Report of the Imperial Institute of Veterinary Research, Muktesar
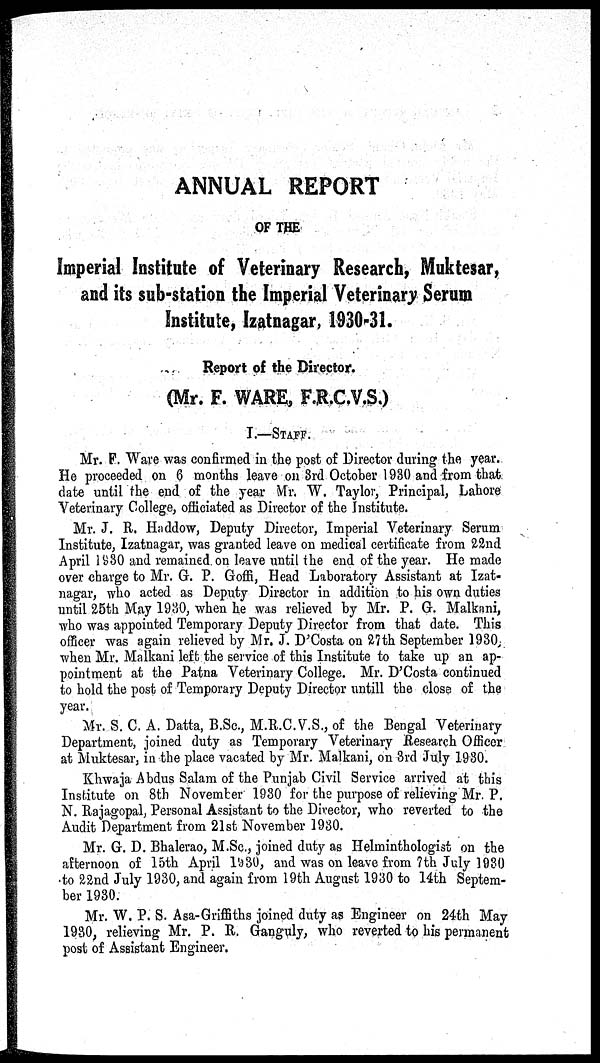
ANNUAL REPORT
OF THE
Imperial Institute of Veterinary Research, Muktesar,
and its sub-station the Imperial Veterinary Serum
Institute, Izatnagar, 1930-31.
Report of the Director.
(Mr. F. WARE, F.R.C.V.S.)
I.—STAFF.
Mr. F. Ware was confirmed in the post of Director during the year.
He proceeded on 6 months leave on 3rd October 1930 and from that
date until the end of the year Mr. W. Taylor, Principal, Lahore
Veterinary College, officiated as Director of the Institute.
Mr. J. R. Haddow, Deputy Director, Imperial Veterinary Serum
Institute, Izatnagar, was granted leave on medical certificate from 22nd
April 1930 and remained on leave until the end of the year. He made
over charge to Mr. G. P. Goffi, Head Laboratory Assistant at Izat-
nagar, who acted as Deputy Director in addition to his own duties
until 25th May 1930, when he was relieved by Mr. P. G. Malkani,
who was appointed Temporary Deputy Director from that date. This
officer was again relieved by Mr. J. D'Costa on 27th September 1930,
when Mr. Malkani left the service of this Institute to take up an ap-
pointment at the Patna Veterinary College. Mr. D'Costa continued
to hold the post of Temporary Deputy Director untill the close of the
year.
Mr. S. C. A. Datta, B.Sc., M.R.C.V.S., of the Bengal Veterinary
Department, joined duty as Temporary Veterinary Research Officer
at Muktesar, in the place vacated by Mr. Malkani, on 3rd July 1930.
Khwaja Abdus Salam of the Punjab Civil Service arrived at this
Institute on 8th November 1930 for the purpose of relieving Mr. P.
N. Rajagopal, Personal Assistant to the Director, who reverted to the
Audit Department from 21st November 1930.
Mr. G. D. Bhalerao, M.Sc., joined duty as Helminthologist on the
afternoon of 15th April 1930, and was on leave from 7th July 1930
to 22nd July 1930, and again from 19th August 1930 to 14th Septem-
ber 1930.
Mr. W. P. S. Asa-Griffiths joined duty as Engineer on 24th May
1930, relieving Mr. P. R. Ganguly, who reverted to his permanent
post of Assistant Engineer.